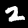
Label: 2